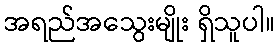
အရည်အသွေးမျိုး ရှိသူပါ။